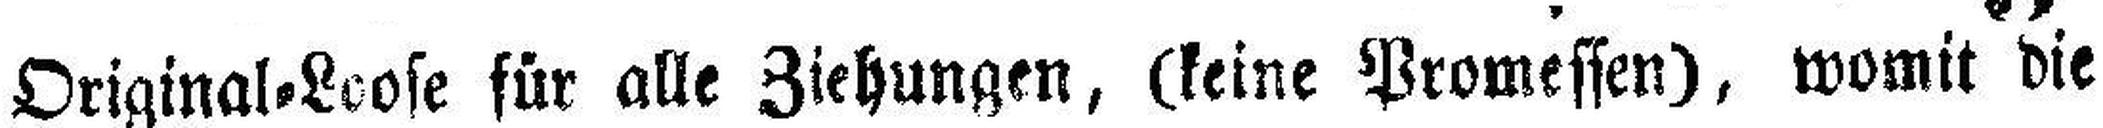
Original=Loose für alle Ziehungen, (keine Promessen), womit die